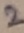
Text: 2